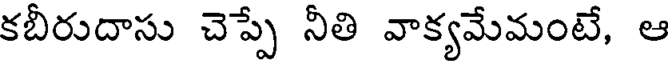
కబీరుదాసు చెప్పే నీతి వాక్యమేమంటే, ఆ